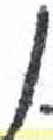
אות: ן